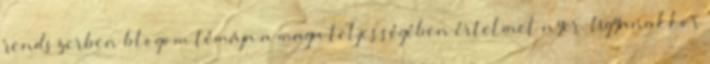
rendszerben blogom témája a maga teljességében értelmet nyer. Ugyanakkor